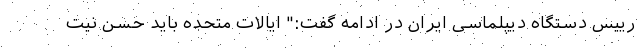
رییس دستگاه دیپلماسی ایران در ادامه گفت:" ایالات متحده باید حسن نیت